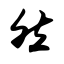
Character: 然